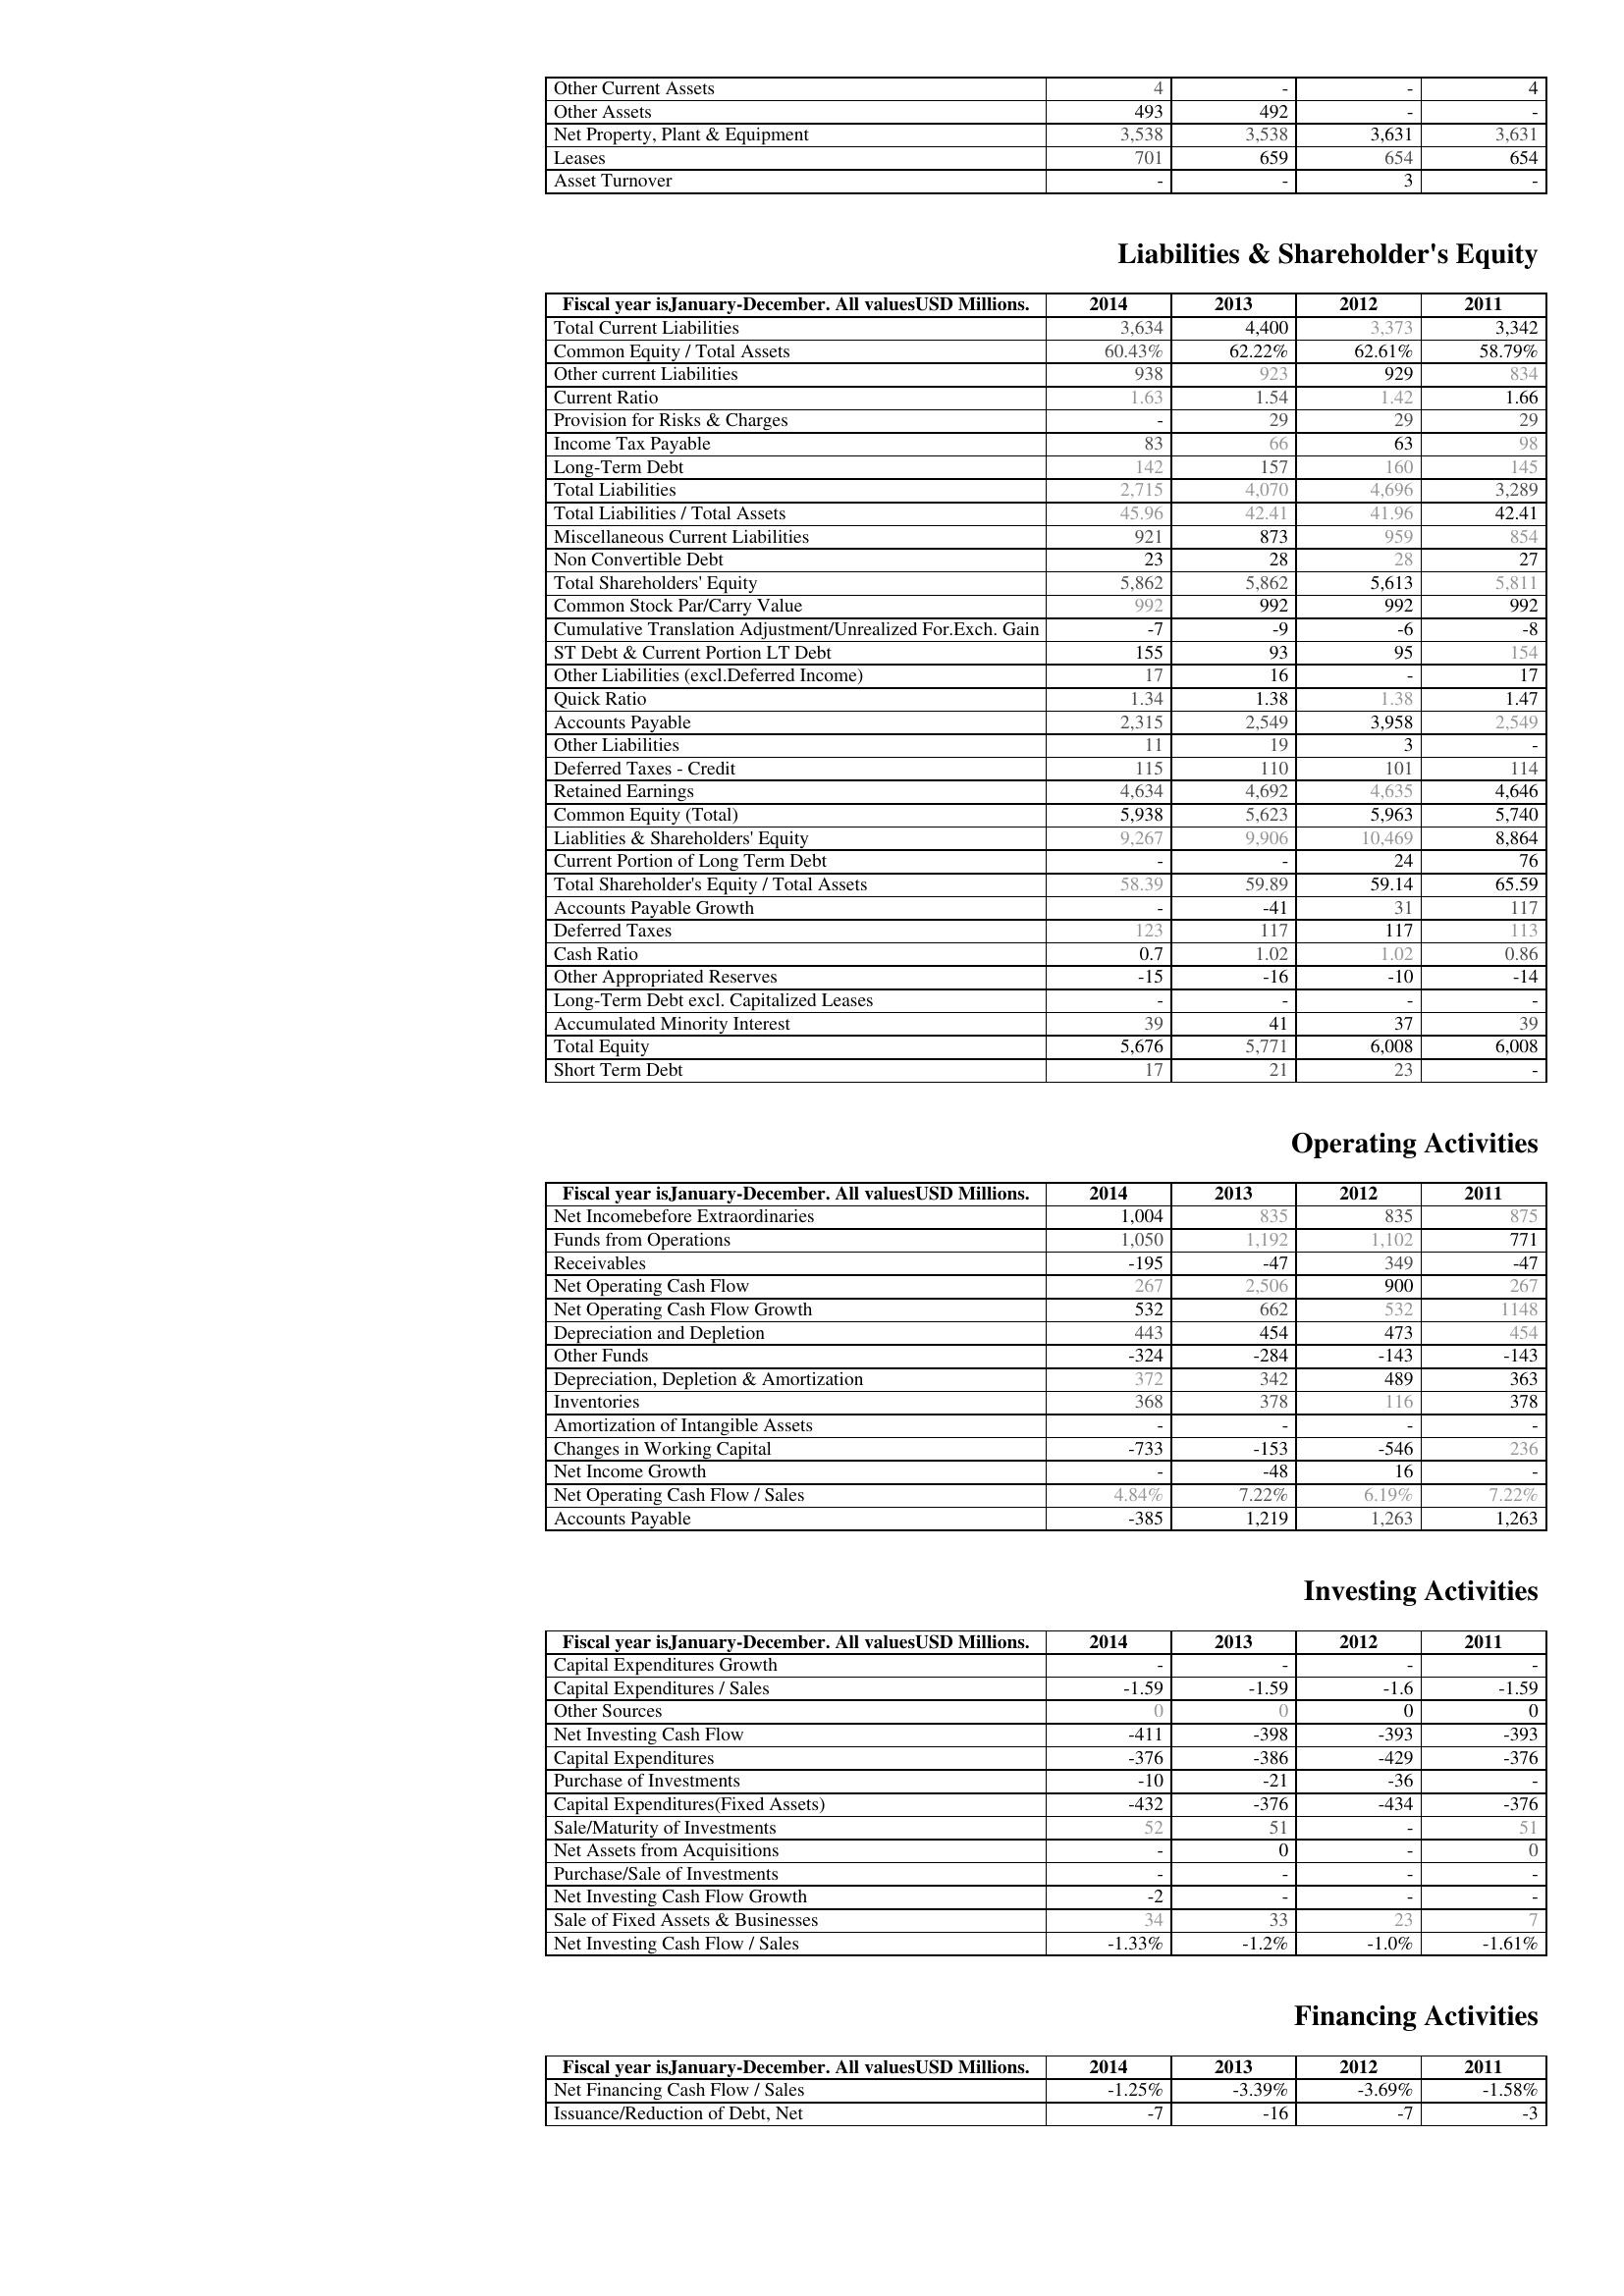
2014: Assets: Other Current Assets: 4
Other Assets: 493
Net Property, Plant & Equipment: 3,538
Leases: 701
Asset Turnover: -
Liabilities & Shareholder's Equity: Total Current Liabilities: 3,634
Common Equity / Total Assets: 60.43%
Other current Liabilities: 938
Current Ratio: 1.63
Provision for Risks & Charges: -
Income Tax Payable: 83
Long-Term Debt: 142
Total Liabilities: 2,715
Total Liabilities / Total Assets: 45.96
Miscellaneous Current Liabilities: 921
Non Convertible Debt: 23
Total Shareholders' Equity: 5,862
Common Stock Par/Carry Value: 992
Cumulative Translation Adjustment/Unrealized For.Exch. Gain: -7
ST Debt & Current Portion LT Debt: 155
Other Liabilities (excl.Deferred Income): 17
Quick Ratio: 1.34
Accounts Payable: 2,315
Other Liabilities: 11
Deferred Taxes - Credit: 115
Retained Earnings: 4,634
Common Equity (Total): 5,938
Liablities & Shareholders' Equity: 9,267
Current Portion of Long Term Debt: -
Total Shareholder's Equity / Total Assets: 58.39
Accounts Payable Growth: -
Deferred Taxes: 123
Cash Ratio: 0.7
Other Appropriated Reserves: -15
Long-Term Debt excl. Capitalized Leases: -
Accumulated Minority Interest: 39
Total Equity: 5,676
Short Term Debt: 17
Operating Activities: Net Incomebefore Extraordinaries: 1,004
Funds from Operations: 1,050
Receivables: -195
Net Operating Cash Flow: 267
Net Operating Cash Flow Growth: 532
Depreciation and Depletion: 443
Other Funds: -324
Depreciation, Depletion & Amortization: 372
Inventories: 368
Amortization of Intangible Assets: -
Changes in Working Capital: -733
Net Income Growth: -
Net Operating Cash Flow / Sales: 4.84%
Accounts Payable: -385
Investing Activities: Capital Expenditures Growth: -
Capital Expenditures / Sales: -1.59
Other Sources: 0
Net Investing Cash Flow: -411
Capital Expenditures: -376
Purchase of Investments: -10
Capital Expenditures(Fixed Assets): -432
Sale/Maturity of Investments: 52
Net Assets from Acquisitions: -
Purchase/Sale of Investments: -
Net Investing Cash Flow Growth: -2
Sale of Fixed Assets & Businesses: 34
Net Investing Cash Flow / Sales: -1.33%
Financing Activities: Net Financing Cash Flow / Sales: -1.25%
Issuance/Reduction of Debt, Net: -7
2013: Assets: Other Current Assets: -
Other Assets: 492
Net Property, Plant & Equipment: 3,538
Leases: 659
Asset Turnover: -
Liabilities & Shareholder's Equity: Total Current Liabilities: 4,400
Common Equity / Total Assets: 62.22%
Other current Liabilities: 923
Current Ratio: 1.54
Provision for Risks & Charges: 29
Income Tax Payable: 66
Long-Term Debt: 157
Total Liabilities: 4,070
Total Liabilities / Total Assets: 42.41
Miscellaneous Current Liabilities: 873
Non Convertible Debt: 28
Total Shareholders' Equity: 5,862
Common Stock Par/Carry Value: 992
Cumulative Translation Adjustment/Unrealized For.Exch. Gain: -9
ST Debt & Current Portion LT Debt: 93
Other Liabilities (excl.Deferred Income): 16
Quick Ratio: 1.38
Accounts Payable: 2,549
Other Liabilities: 19
Deferred Taxes - Credit: 110
Retained Earnings: 4,692
Common Equity (Total): 5,623
Liablities & Shareholders' Equity: 9,906
Current Portion of Long Term Debt: -
Total Shareholder's Equity / Total Assets: 59.89
Accounts Payable Growth: -41
Deferred Taxes: 117
Cash Ratio: 1.02
Other Appropriated Reserves: -16
Long-Term Debt excl. Capitalized Leases: -
Accumulated Minority Interest: 41
Total Equity: 5,771
Short Term Debt: 21
Operating Activities: Net Incomebefore Extraordinaries: 835
Funds from Operations: 1,192
Receivables: -47
Net Operating Cash Flow: 2,506
Net Operating Cash Flow Growth: 662
Depreciation and Depletion: 454
Other Funds: -284
Depreciation, Depletion & Amortization: 342
Inventories: 378
Amortization of Intangible Assets: -
Changes in Working Capital: -153
Net Income Growth: -48
Net Operating Cash Flow / Sales: 7.22%
Accounts Payable: 1,219
Investing Activities: Capital Expenditures Growth: -
Capital Expenditures / Sales: -1.59
Other Sources: 0
Net Investing Cash Flow: -398
Capital Expenditures: -386
Purchase of Investments: -21
Capital Expenditures(Fixed Assets): -376
Sale/Maturity of Investments: 51
Net Assets from Acquisitions: 0
Purchase/Sale of Investments: -
Net Investing Cash Flow Growth: -
Sale of Fixed Assets & Businesses: 33
Net Investing Cash Flow / Sales: -1.2%
Financing Activities: Net Financing Cash Flow / Sales: -3.39%
Issuance/Reduction of Debt, Net: -16
2012: Assets: Other Current Assets: -
Other Assets: -
Net Property, Plant & Equipment: 3,631
Leases: 654
Asset Turnover: 3
Liabilities & Shareholder's Equity: Total Current Liabilities: 3,373
Common Equity / Total Assets: 62.61%
Other current Liabilities: 929
Current Ratio: 1.42
Provision for Risks & Charges: 29
Income Tax Payable: 63
Long-Term Debt: 160
Total Liabilities: 4,696
Total Liabilities / Total Assets: 41.96
Miscellaneous Current Liabilities: 959
Non Convertible Debt: 28
Total Shareholders' Equity: 5,613
Common Stock Par/Carry Value: 992
Cumulative Translation Adjustment/Unrealized For.Exch. Gain: -6
ST Debt & Current Portion LT Debt: 95
Other Liabilities (excl.Deferred Income): -
Quick Ratio: 1.38
Accounts Payable: 3,958
Other Liabilities: 3
Deferred Taxes - Credit: 101
Retained Earnings: 4,635
Common Equity (Total): 5,963
Liablities & Shareholders' Equity: 10,469
Current Portion of Long Term Debt: 24
Total Shareholder's Equity / Total Assets: 59.14
Accounts Payable Growth: 31
Deferred Taxes: 117
Cash Ratio: 1.02
Other Appropriated Reserves: -10
Long-Term Debt excl. Capitalized Leases: -
Accumulated Minority Interest: 37
Total Equity: 6,008
Short Term Debt: 23
Operating Activities: Net Incomebefore Extraordinaries: 835
Funds from Operations: 1,102
Receivables: 349
Net Operating Cash Flow: 900
Net Operating Cash Flow Growth: 532
Depreciation and Depletion: 473
Other Funds: -143
Depreciation, Depletion & Amortization: 489
Inventories: 116
Amortization of Intangible Assets: -
Changes in Working Capital: -546
Net Income Growth: 16
Net Operating Cash Flow / Sales: 6.19%
Accounts Payable: 1,263
Investing Activities: Capital Expenditures Growth: -
Capital Expenditures / Sales: -1.6
Other Sources: 0
Net Investing Cash Flow: -393
Capital Expenditures: -429
Purchase of Investments: -36
Capital Expenditures(Fixed Assets): -434
Sale/Maturity of Investments: -
Net Assets from Acquisitions: -
Purchase/Sale of Investments: -
Net Investing Cash Flow Growth: -
Sale of Fixed Assets & Businesses: 23
Net Investing Cash Flow / Sales: -1.0%
Financing Activities: Net Financing Cash Flow / Sales: -3.69%
Issuance/Reduction of Debt, Net: -7
2011: Assets: Other Current Assets: 4
Other Assets: -
Net Property, Plant & Equipment: 3,631
Leases: 654
Asset Turnover: -
Liabilities & Shareholder's Equity: Total Current Liabilities: 3,342
Common Equity / Total Assets: 58.79%
Other current Liabilities: 834
Current Ratio: 1.66
Provision for Risks & Charges: 29
Income Tax Payable: 98
Long-Term Debt: 145
Total Liabilities: 3,289
Total Liabilities / Total Assets: 42.41
Miscellaneous Current Liabilities: 854
Non Convertible Debt: 27
Total Shareholders' Equity: 5,811
Common Stock Par/Carry Value: 992
Cumulative Translation Adjustment/Unrealized For.Exch. Gain: -8
ST Debt & Current Portion LT Debt: 154
Other Liabilities (excl.Deferred Income): 17
Quick Ratio: 1.47
Accounts Payable: 2,549
Other Liabilities: -
Deferred Taxes - Credit: 114
Retained Earnings: 4,646
Common Equity (Total): 5,740
Liablities & Shareholders' Equity: 8,864
Current Portion of Long Term Debt: 76
Total Shareholder's Equity / Total Assets: 65.59
Accounts Payable Growth: 117
Deferred Taxes: 113
Cash Ratio: 0.86
Other Appropriated Reserves: -14
Long-Term Debt excl. Capitalized Leases: -
Accumulated Minority Interest: 39
Total Equity: 6,008
Short Term Debt: -
Operating Activities: Net Incomebefore Extraordinaries: 875
Funds from Operations: 771
Receivables: -47
Net Operating Cash Flow: 267
Net Operating Cash Flow Growth: 1148
Depreciation and Depletion: 454
Other Funds: -143
Depreciation, Depletion & Amortization: 363
Inventories: 378
Amortization of Intangible Assets: -
Changes in Working Capital: 236
Net Income Growth: -
Net Operating Cash Flow / Sales: 7.22%
Accounts Payable: 1,263
Investing Activities: Capital Expenditures Growth: -
Capital Expenditures / Sales: -1.59
Other Sources: 0
Net Investing Cash Flow: -393
Capital Expenditures: -376
Purchase of Investments: -
Capital Expenditures(Fixed Assets): -376
Sale/Maturity of Investments: 51
Net Assets from Acquisitions: 0
Purchase/Sale of Investments: -
Net Investing Cash Flow Growth: -
Sale of Fixed Assets & Businesses: 7
Net Investing Cash Flow / Sales: -1.61%
Financing Activities: Net Financing Cash Flow / Sales: -1.58%
Issuance/Reduction of Debt, Net: -3